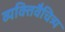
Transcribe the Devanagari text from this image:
व्यक्तिवैचित्र्य